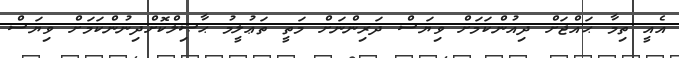
އެއީ ތިމާ ޙައްޖަށް ދިއުންކަމަށް ވިޔަސް ދަރިންނަށް މަތީ ތަޢުލީމު ޙާޞިލްކޮށްދިނުންކަމަށް ވިޔަސް